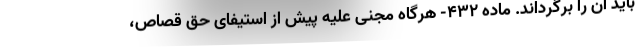
باید آن را برگرداند. ماده ۴۳۲- هرگاه مجنی علیه پیش از استیفای حق قصاص،